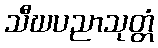
သီဃပညာသုတ္တံ